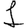
Digit: 1